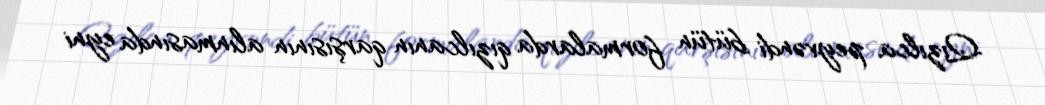
Qızılca peyvəndi bütün formalarda qızılcanın qarşısının alınmasında eyni